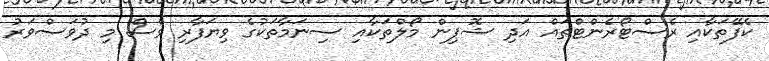
ކެފޭތަކާއި ރެސްޓޯރެންޓްތައް އަދި ޝޮޕިން މޯލްތަކާއި ސިނަމާތަކުގެ ވިޔަފާރި ވެސް މި ދުވަސްވަރު